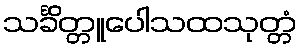
သင်္ခိတ္တူပေါသထသုတ္တံ